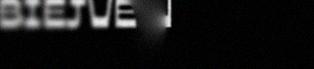
BIEJVE. –DAN